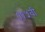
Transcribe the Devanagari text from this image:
११५वी